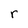
Character: r